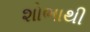
શોભાથી